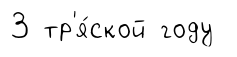
3 тр'я́ской году